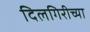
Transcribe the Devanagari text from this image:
दिलगिरीच्या